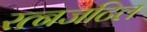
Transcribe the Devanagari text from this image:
रत्नजटिल